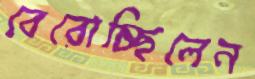
বেরোচ্ছিলেন